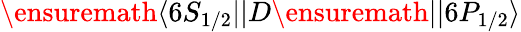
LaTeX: \ensuremath{\langle 6S_{1/2}||}D\ensuremath{||6P_{1/2}\rangle}